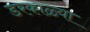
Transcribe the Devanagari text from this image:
डरकाळ्या